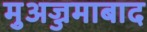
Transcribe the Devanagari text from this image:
मुअज्जमाबाद